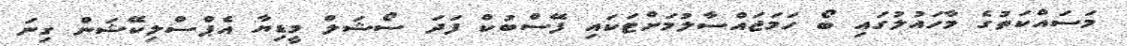
މަސައްކަތުގެ މާހައުލުގައި ބޯ ހަމަޖައްސާލުމަށްޓަކައި ފޭސްބުކް ފަދަ ސޯޝަލް މީޑިޔާ އެޕްސްލިކޭޝަން ގިނަ